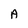
Character: A